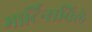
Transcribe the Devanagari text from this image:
मार्टिन्सविले